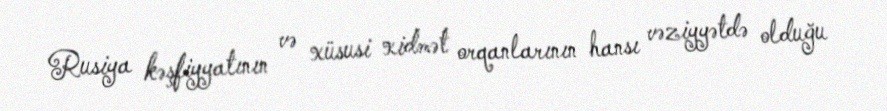
Rusiya kəşfiyyatının və xüsusi xidmət orqanlarının hansı vəziyyətdə olduğu